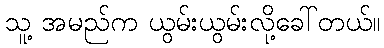
သူ့ အမည်က ယွမ်းယွမ်းလို့ခေါ်တယ်။